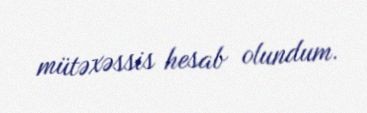
mütəxəssis hesab olundum.